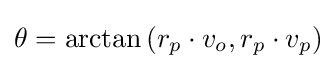
\theta =\arctan {(r_{p}\cdot v_{o},r_{p}\cdot v_{p})}